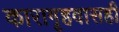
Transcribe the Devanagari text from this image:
कारागृहवासही